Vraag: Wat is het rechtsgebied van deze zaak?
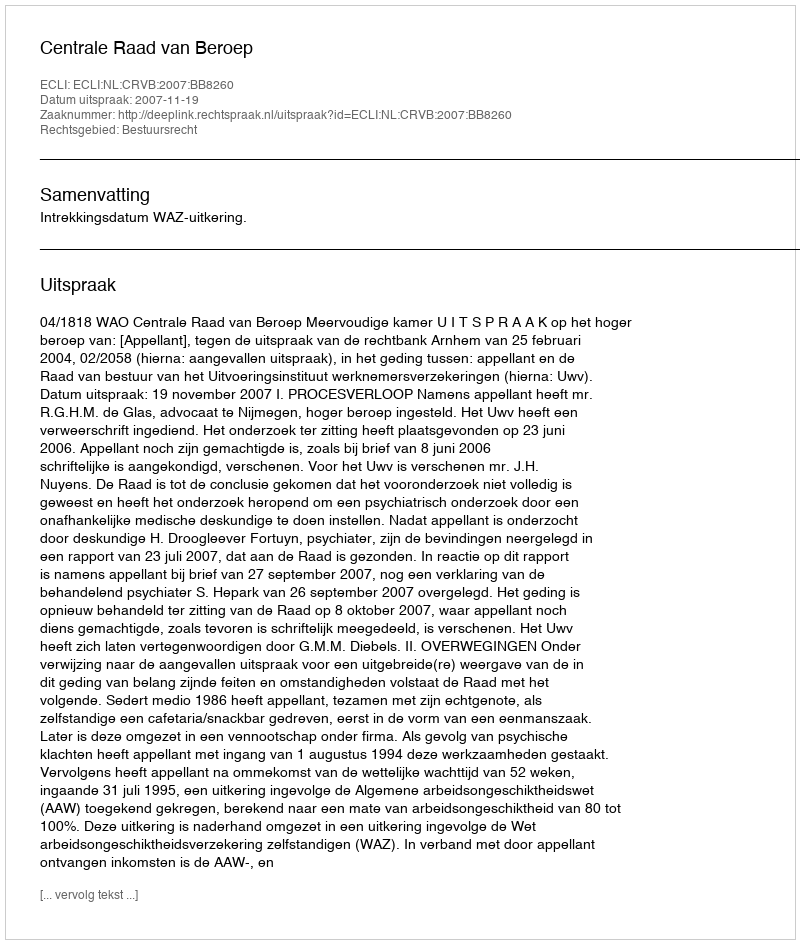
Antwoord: Bestuursrecht